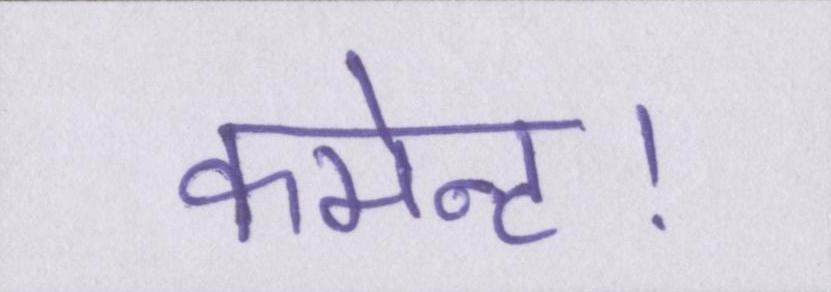
कमेन्ट।